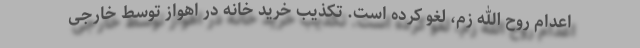
اعدام روح الله زم، لغو کرده است. تکذیب خرید خانه در اهواز توسط خارجی